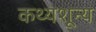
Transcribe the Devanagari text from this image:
कथ्यशून्य